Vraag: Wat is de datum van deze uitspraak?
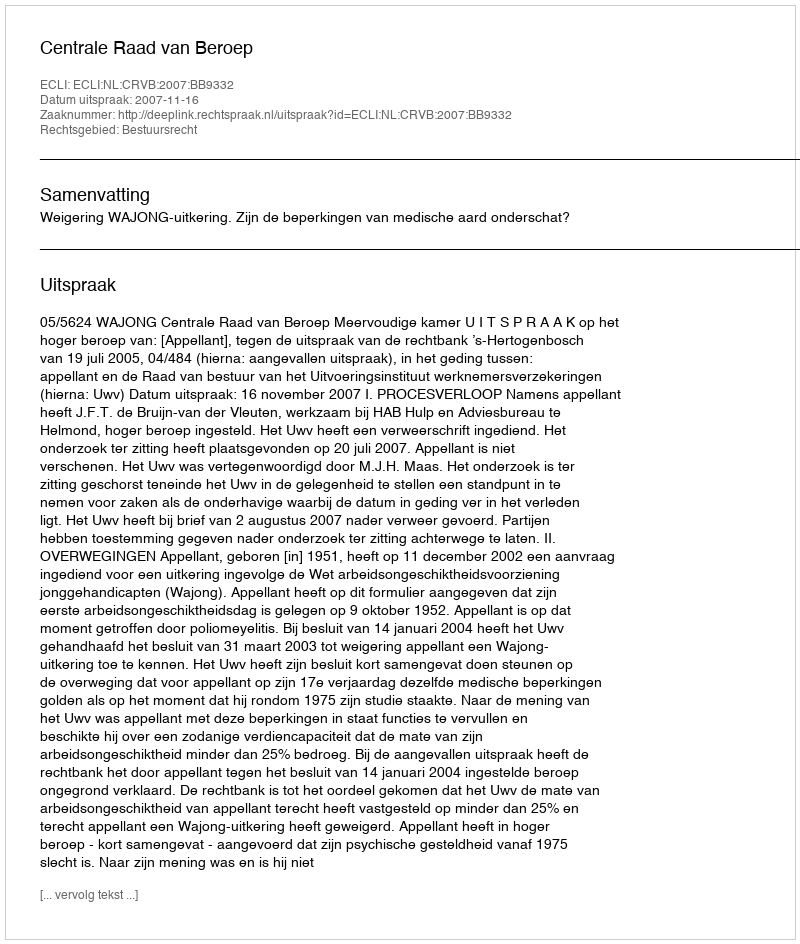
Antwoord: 2007-11-16